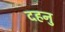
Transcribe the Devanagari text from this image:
दहनु